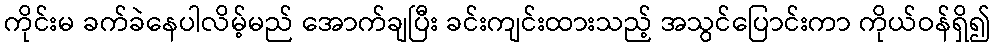
ကိုင်းမ ခက်ခဲနေပါလိမ့်မည် အောက်ချပြီး ခင်းကျင်းထားသည့် အသွင်ပြောင်းကာ ကိုယ်ဝန်ရှိ၍